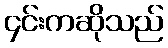
၄င်းကဆိုသည်